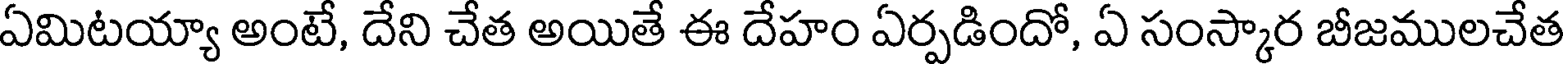
ఏమిటయ్యా అంటే, దేని చేత అయితే ఈ దేహం ఏర్పడిందో, ఏ సంస్కార బీజములచేత